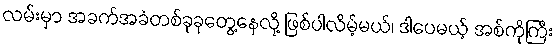
လမ်းမှာ အခက်အခဲတစ်ခုခုတွေ့နေလို့ ဖြစ်ပါလိမ့်မယ်၊ ဒါပေမယ့် အစ်ကိုကြီး